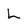
Character: l